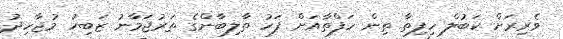
ވެރިރަށް ކަބުލް ހިފިތާ ތިން ހަފްތާއަށް ފަހު ތާލިބާންގެ ތަރުޖަމާނު ޒަބިހު މުޖާހިދު